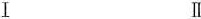
Ⅰ Ⅱ